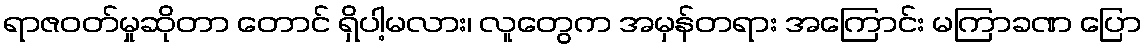
ရာဇဝတ်မှုဆိုတာ တောင် ရှိပါ့မလား၊ လူတွေက အမှန်တရား အကြောင်း မကြာခဏ ပြော